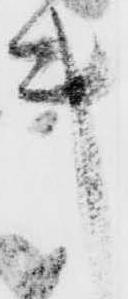
キ